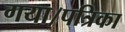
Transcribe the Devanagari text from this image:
गया।पत्रिका